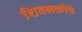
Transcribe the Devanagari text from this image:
शिवभक्तीचे